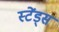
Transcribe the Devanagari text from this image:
स्टेंड्स